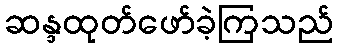
ဆန္ဒထုတ်ဖော်ခဲ့ကြသည်